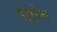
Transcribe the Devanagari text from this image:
पेट्रोनेला